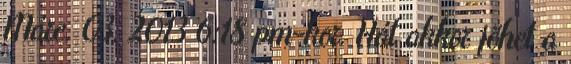
Márc. 03, 2013 6:18 pm-kor. Hát akkor jöhet a